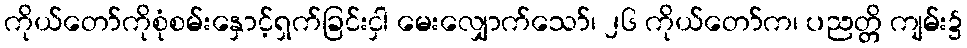
ကိုယ်တော်ကိုစုံစမ်းနှောင့်ရှက်ခြင်းငှါ မေးလျှောက်သော်၊ ၂၆ ကိုယ်တော်က၊ ပညတ္တိ ကျမ်း၌